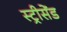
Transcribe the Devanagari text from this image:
स्ट्रीसेंड